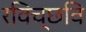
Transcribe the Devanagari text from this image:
रविच्छवि